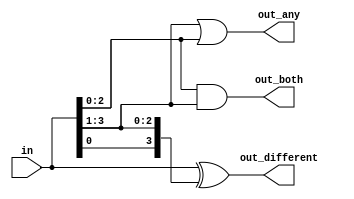
module top_module (
	input [3:0] in,
	output [2:0] out_both,
	output [3:1] out_any,
	output [3:0] out_different
);

	// Use bitwise operators and part-select to do the entire calculation in one line of code
	// in[3:1] is this vector:   					 in[3]  in[2]  in[1]
	// in[2:0] is this vector:   					 in[2]  in[1]  in[0]
	// Bitwise-OR produces a 3 bit vector.			   |      |      |
	// Assign this 3-bit result to out_any[3:1]:	o_a[3] o_a[2] o_a[1]

	// Thus, each output bit is the OR of the input bit and its neighbour to the right:
	// e.g., out_any[1] = in[1] | in[0];	
	// Notice how this works even for long vectors.
	assign out_any = in[3:1] | in[2:0];

	assign out_both = in[2:0] & in[3:1];
	
	// XOR 'in' with a vector that is 'in' rotated to the right by 1 position: {in[0], in[3:1]}
	// The rotation is accomplished by using part selects[] and the concatenation operator{}.
	assign out_different = in ^ {in[0], in[3:1]};


    // or simply use can do 
    // assign out_both[0] = in[0] & in[1];
    // assign out_both[1] = in[1] & in[2];
    // assign out_both[2] = in[2] & in[3];
    // assign out_any[1] = in[0] | in[1];
    // assign out_any[2] = in[1] | in[2];
    // assign out_any[3] = in[2] | in[3];
    // assign out_different[0] = in[0] ^ in[1];
    // assign out_different[1] = in[1] ^ in[2];
    // assign out_different[2] = in[2] ^ in[3];
    // assign out_different[3] = in[3] ^ in[0];
	
endmodule